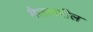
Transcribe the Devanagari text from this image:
मैलावरील